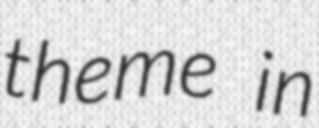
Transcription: theme in